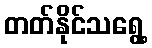
တတ်နိုင်သရွေ့